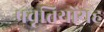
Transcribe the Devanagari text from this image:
प्रवृत्तियोंयह